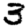
Digit: 3